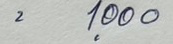
= 1,000